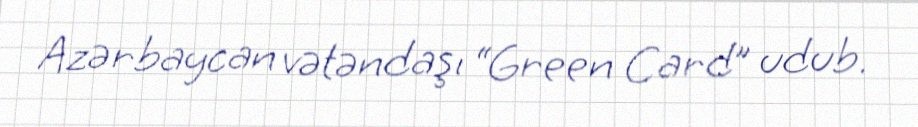
Azərbaycan vətəndaşı “Green Card” udub.